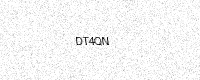
Text: DT4QN